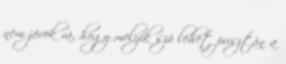
nem jövök rá, hogy melyik szó lehet pusztán a